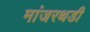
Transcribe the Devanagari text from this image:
मांजरथडी